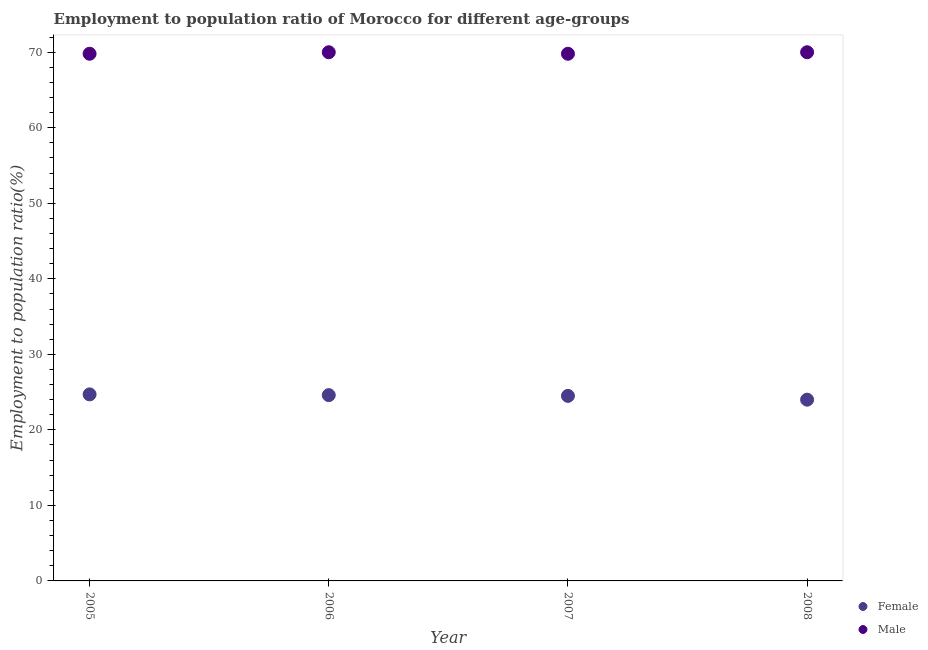
| Year | Female | Male |
 | --- | --- | --- |
 | 2005 | 24.7 | 69.8 |
 | 2006 | 24.6 | 70 |
 | 2007 | 24.5 | 69.8 |
 | 2008 | 24 | 70 |